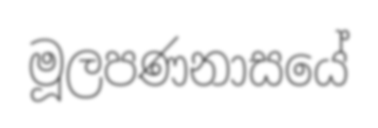
මූලපණනාසයේ